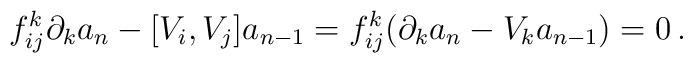
f_{ij}^k\partial_ka_{n}-[V_i,V_j]a_{n-1}=f_{ij}^k( \partial_ka_{n}-V_ka_{n-1})=0\,.